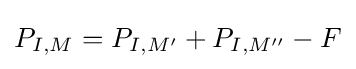
P_{I,M}=P_{I,M'}+P_{I,M''}-F